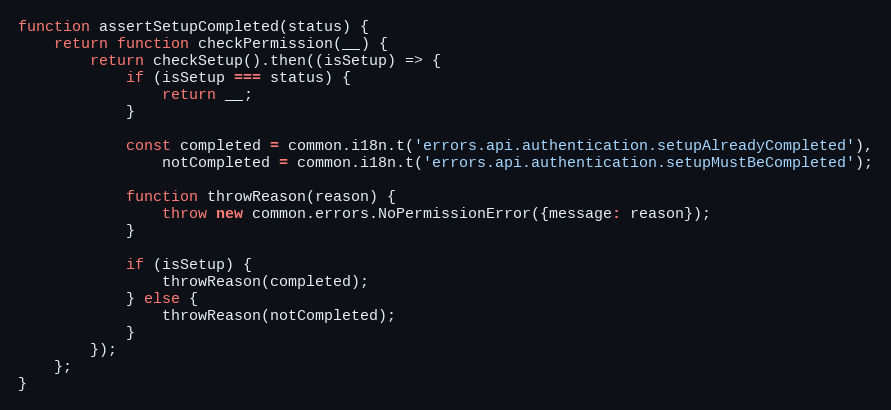
Language: JavaScript
function assertSetupCompleted(status) {
    return function checkPermission(__) {
        return checkSetup().then((isSetup) => {
            if (isSetup === status) {
                return __;
            }

            const completed = common.i18n.t('errors.api.authentication.setupAlreadyCompleted'),
                notCompleted = common.i18n.t('errors.api.authentication.setupMustBeCompleted');

            function throwReason(reason) {
                throw new common.errors.NoPermissionError({message: reason});
            }

            if (isSetup) {
                throwReason(completed);
            } else {
                throwReason(notCompleted);
            }
        });
    };
}